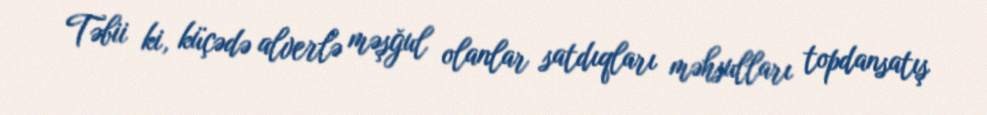
Təbii ki, küçədə alverlə məşğul olanlar satdıqları məhsulları topdansatış